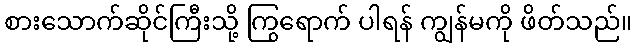
စားသောက်ဆိုင်ကြီးသို့ ကြွရောက် ပါရန် ကျွန်မကို ဖိတ်သည်။